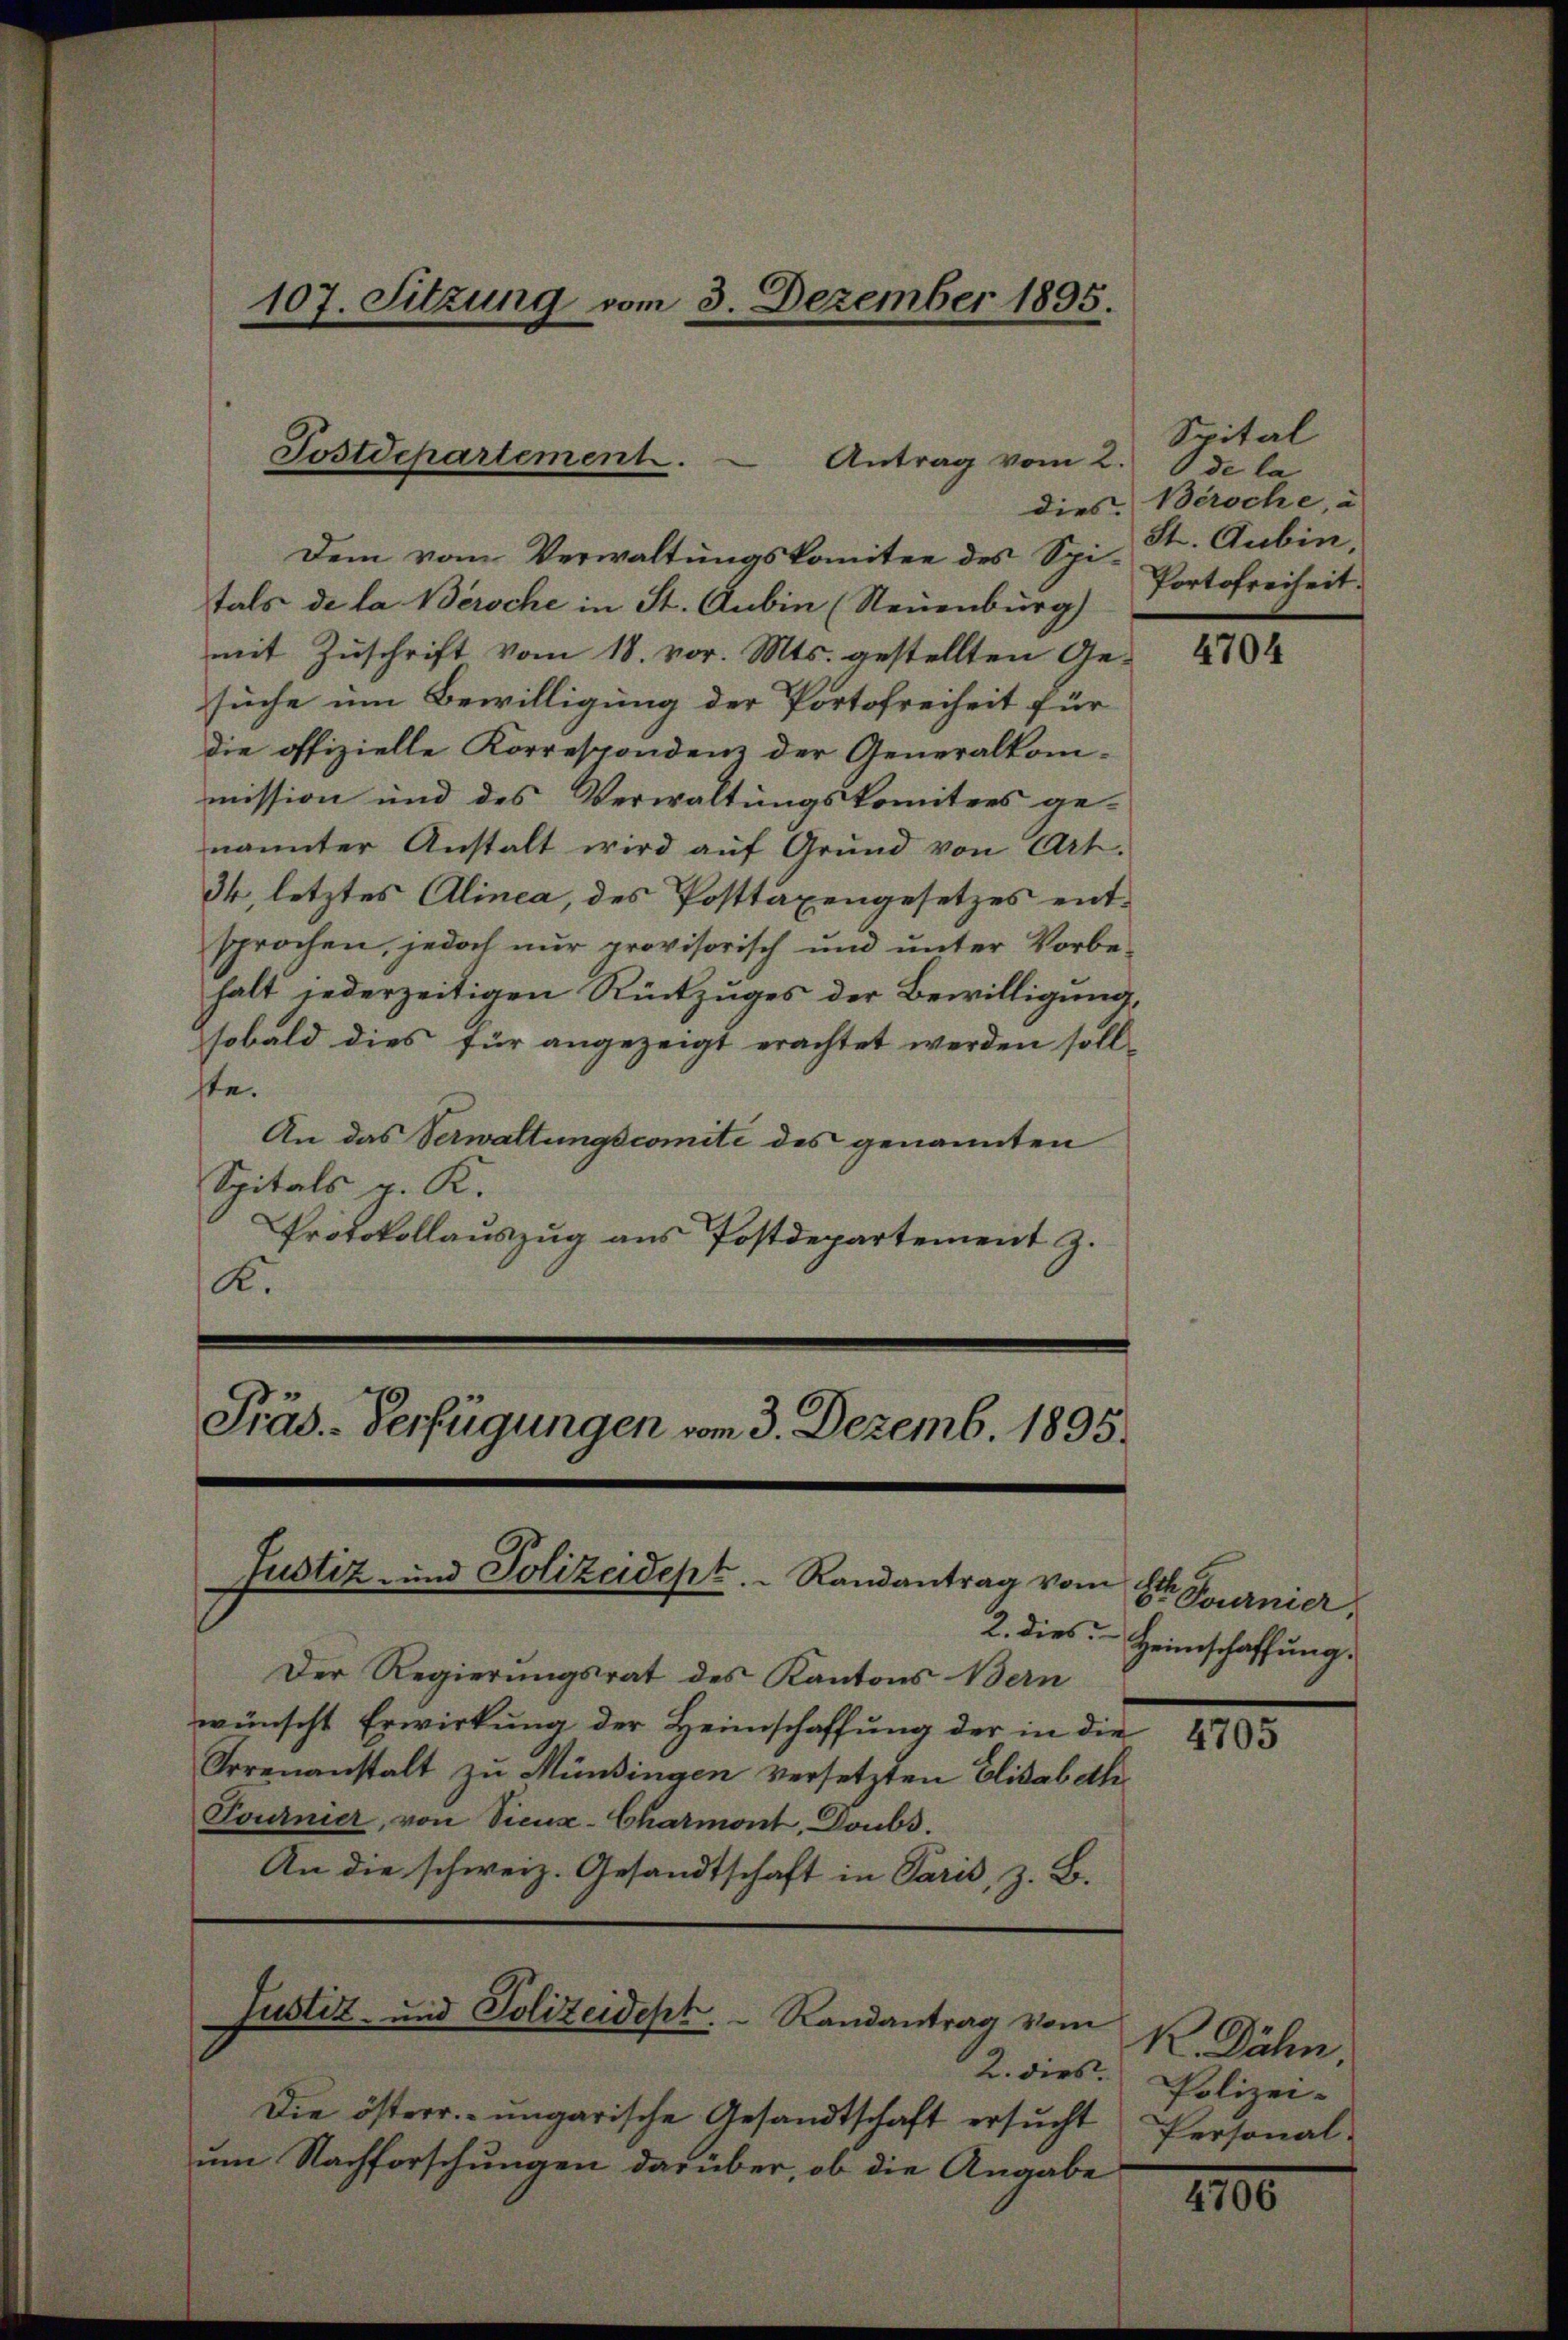
Tostdepartement.
Antrag vom 2. de la

Dem vom Verwaltungskomitee des Spitals de la Beroche in St. Aubin (Neuenburg)
mit Zuschrift vom 18. vor. Mts. gestellten Ge-
suche um Bewilligung der Portofreiheit für
die offizielle Korrespondenz der Generalkom-
mission und des Verwaltungskomitees ge-
nannter Anstalt wird auf Grund von Art.
34, letztes Alinea, des Posttaxengesetzes entsprochen, jedoch nŭr provisorisch und ŭnter Vorbe-
halt jederzeitigen Rückzuges der Bewilligung,
sobald dies für angezeigt erachtet werden soll.
ste.
An das Verwaltungscomite des genannten
Spitals v. K.
Protokollauszug aus Postdepartement z.
K.

Präs. Verfügungen vom 3. Dezemb. 1895.
Justiz- und Polizeidept.   Randantrag vom

107. Sitzung vom 3. Dezember 1895.

Der Regierungsrat des Kantons Bern
wünscht Erwirkung der Heimschaffung der in die
Irrenanstalt zu Münsingen versetzten Elisabeth¬
Tournier, von Vicux-Charmont, Doubs.
An die schweiz. Gesandtschaft in Paris, z. B.

2. dies
Die österr. ungarische Gesandtschaft ersŭcht Personal-
um Nachforschungen darüber, ob die Angabe

Justiz- und Polizeidept. Randantrag vom

Spital
dies Beroche, u
St. Gubin,
Portofreiheit.

4704

Str. Tournier
2. dies Heimschaffung.

4705

R. Dähn
Polizei-

2100